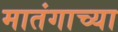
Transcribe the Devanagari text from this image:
मातंगाच्या